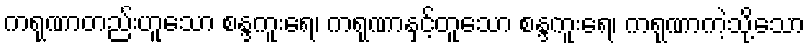
ကရုဏာတည်းဟူသော စန္ဒကူးရေ၊ ကရုဏာနှင့်တူသော စန္ဒကူးရေ၊ ကရုဏာကဲ့သို့သော